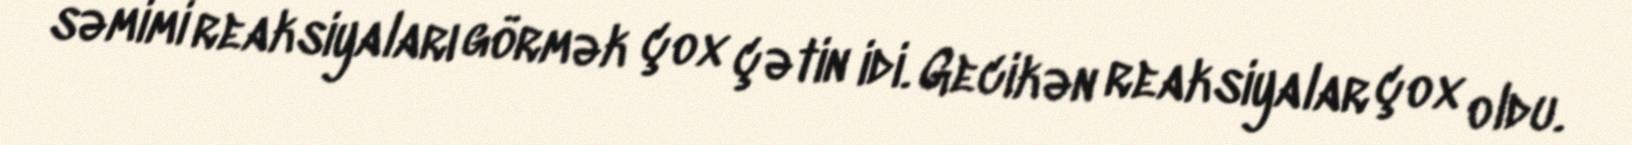
səmimi reaksiyaları görmək çox çətin idi. Gecikən reaksiyalar çox oldu.